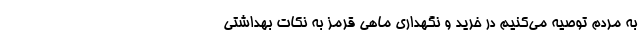
به مردم توصیه می‌کنیم در خرید و نگهداری ماهی قرمز به نکات بهداشتی